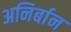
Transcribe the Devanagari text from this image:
अनिर्बान